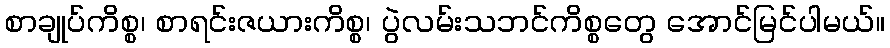
စာချုပ်ကိစ္စ၊ စာရင်းဇယားကိစ္စ၊ ပွဲလမ်းသဘင်ကိစ္စတွေ အောင်မြင်ပါမယ်။